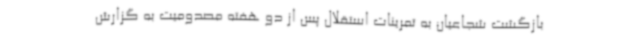
بازگشت شجاعیان به تمرینات استقلال پس از دو هفته مصدومیت به گزارش